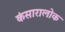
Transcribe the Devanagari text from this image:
कंसारालोक